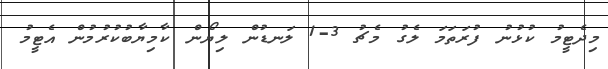
މިދެޓީމު ކުޅުނު ފުރަތަމަ ލެގު މެޗު 3-1 ލަނޑުން ލިޔޯން ކާމިޔާބުކުރުމުން އެޓީމު